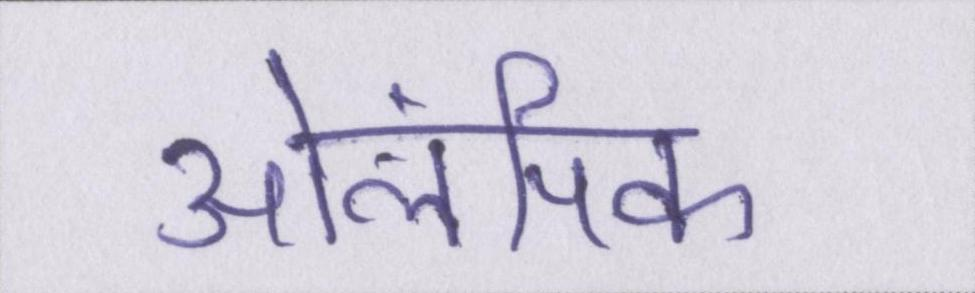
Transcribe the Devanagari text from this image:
ओलंपिक